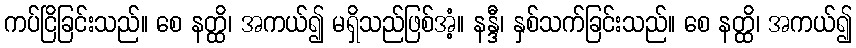
ကပ်ငြိခြင်းသည်။ စေ နတ္ထိ၊ အကယ်၍ မရှိသည်ဖြစ်အံ့။ နန္ဒီ၊ နှစ်သက်ခြင်းသည်။ စေ နတ္ထိ၊ အကယ်၍